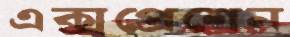
এক্সপ্রেশেন